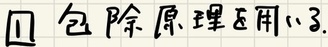
### 1. 包除原理应用1.3.